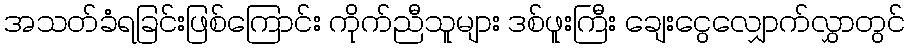
အသတ်ခံရခြင်းဖြစ်ကြောင်း ကိုက်ညီသူများ ဒစ်ဖူးကြီး ချေးငွေလျှောက်လွှာတွင်